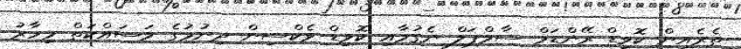
ތެރެއިން ކޮވިޑް ރޭންޑަމް ސާމްޕަލް ނެގުމާއި ކޮވިޑް ވެކްސިން ދިނުމުގެ މަސައްކަތް މިހާރު